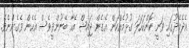
އެދެމެދުގައި ވަނީ ކޮންކަހަލަ ގުޅުމެއްކަން އެގެން ޖައިޝް އެހާ ބޭނުންވީވެސް އެހެން ވެގެންްނެވެ.